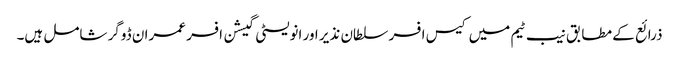
ذرائع کے مطابق نیب ٹیم میں کیس افسر سلطان نذیر اور انویسٹی گیشن افسر عمران ڈوگر شامل ہیں۔